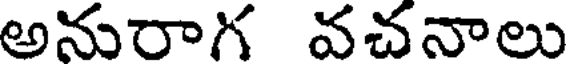
అనురాగ వచనాలు